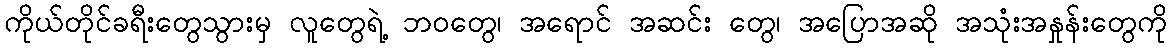
ကိုယ်တိုင်ခရီးတွေသွားမှ လူတွေရဲ့ ဘဝတွေ၊ အရောင် အဆင်း တွေ၊ အပြောအဆို အသုံးအနှုန်းတွေကို